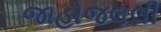
જાહોજલલી